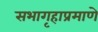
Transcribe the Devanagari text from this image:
सभागृहाप्रमाणे